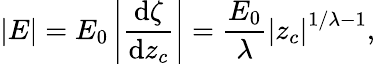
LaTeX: \left\vert E\right\vert=E_{0}\left\vert\frac{\mathrm{d}\zeta}{\mathrm{d}z_{c}}\right\vert=\frac{E_{0}}{\lambda}\left\vert z_{c}\right\vert^{1/\lambda-1},